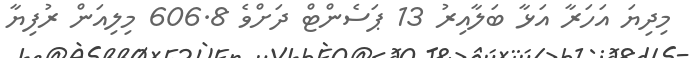
މިދިޔަ އަހަރާ އަޅާ ބަލާއިރު 13 ޕަސެންޓް ދަށްވެ 606.8 މިލިއަން ރުފިޔާ